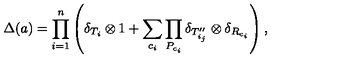
\Delta ( a ) = \prod _ { i = 1 } ^ { n } \left( \delta _ { T _ { i } } \otimes 1 + \sum _ { c _ { i } } \prod _ { P _ { c _ { i } } } \delta _ { T _ { i _ { j } } ^ { \prime \prime } } \otimes \delta _ { R _ { c _ { i } } } \right) ,